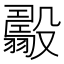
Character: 𣫟